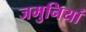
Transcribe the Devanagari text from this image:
जमुनियां